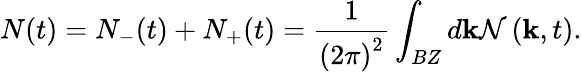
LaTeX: N(t)=N_{-}(t)+N_{+}(t)=\frac{1}{\left(2\pi\right)^{2}}\int_{BZ}d\mathbf{k}\mathcal{N}\left(\mathbf{k},t\right).